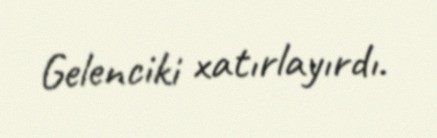
Gelenciki xatırlayırdı.